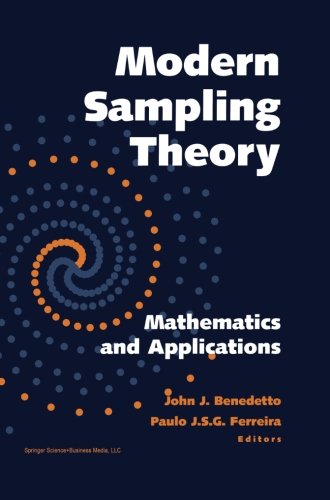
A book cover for Modern Sampling Theory: Mathematics and Applications (Applied and Numerical Harmonic Analysis); Engineering & Transportation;